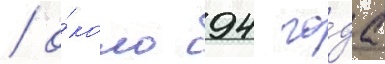
/ о́коло 94 го́да